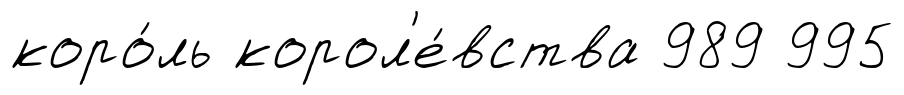
коро́ль корол'е́вства 989 995